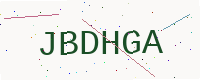
Text: JBDHGA